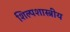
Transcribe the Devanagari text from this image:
शिल्पशास्त्रीय